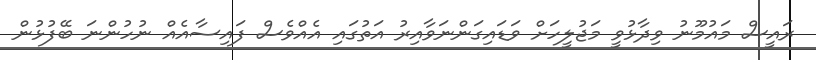
ރައީސް މައުމޫނު ވިދާޅުވީ މަޖުލީހަށް ވަޑައިގަންނަވާއިރު އަތުގައި އެއްވެސް ފައިސާއެއް ނުހުންނަ ބޭފުޅުން